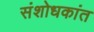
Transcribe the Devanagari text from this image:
संशोधकांत